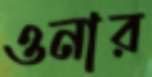
ওনার